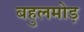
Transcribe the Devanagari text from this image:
बहुलमोड़